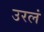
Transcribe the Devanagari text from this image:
उरलं